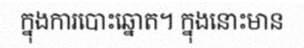
ក្នុងការបោះឆ្នោត។ ក្នុងនោះមាន